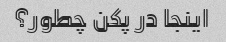
اینجا در پکن چطور؟